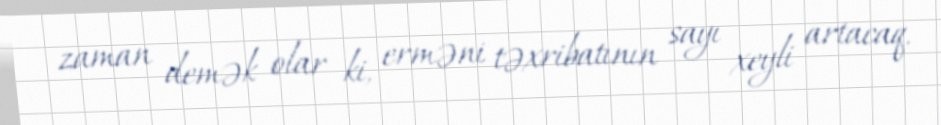
zaman demək olar ki, erməni təxribatının sayı xeyli artacaq.